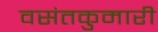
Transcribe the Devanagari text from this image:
वसंतकुमारी